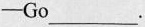
-Go ___ .